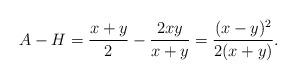
LaTeX: \begin{align*}A-H=\frac{x+y}{2}-\frac{2xy}{x+y}= \frac{(x-y)^2}{2(x+y)}. \end{align*}